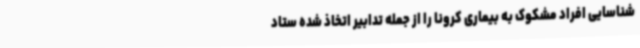
شناسایی افراد مشکوک به بیماری کرونا را از جمله تدابیر اتخاذ شده ستاد